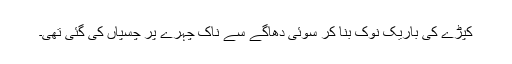
کپڑے کی باریک نوک بنا کر سوئی دھاگے سے ناک چہرے پر چسپاں کی گئی تھی۔